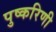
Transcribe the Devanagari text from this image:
पुष्‍करिणी